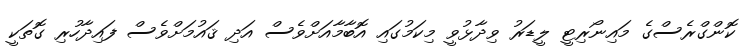
ކޮންގްރެސްގެ މައިނޯރިޓީ ލީޑަރު ވިދާޅުވީ މިކަމުގައި އޮބާމާއަށްވެސް އަދި ޤައުމަށްވެސް ފައިދާހުރި ގޮތަކީ